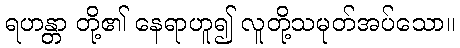
ရဟန္တာ တို့၏ နေရာဟူ၍ လူတို့သမုတ်အပ်သော။